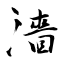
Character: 濇